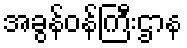
အခွန်ဝန်ကြီးဌာန